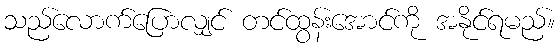
သည်လောက်ပြောလျှင် တင်ထွန်းအောင်ကို အနိုင်ရမည်။